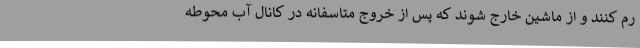
رم کنند و از ماشین خارج شوند که پس از خروج متاسفانه در کانال آب محوطه